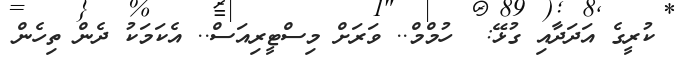
ކުރީގެ އަދަދާއި ގުޅޭ:  ހުމްމް.. ވަރަށް މިސްޓީރިއަސް.. އެކަމަކު ދެން ތިހެން